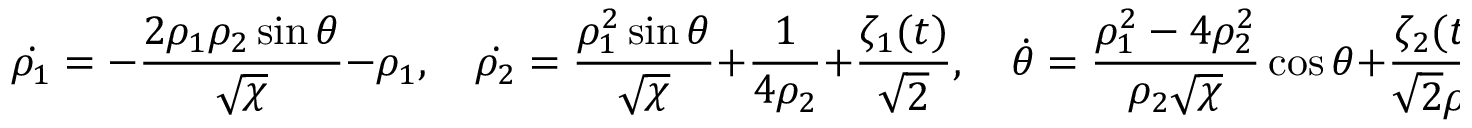
\dot { \rho _ { 1 } } = - \frac { 2 \rho _ { 1 } \rho _ { 2 } \sin \theta } { \sqrt { \chi } } - \rho _ { 1 } , \quad \dot { \rho _ { 2 } } = \frac { \rho _ { 1 } ^ { 2 } \sin \theta } { \sqrt { \chi } } + \frac { 1 } { 4 \rho _ { 2 } } + \frac { \zeta _ { 1 } ( t ) } { \sqrt { 2 } } , \quad \dot { \theta } = \frac { \rho _ { 1 } ^ { 2 } - 4 \rho _ { 2 } ^ { 2 } } { \rho _ { 2 } \sqrt { \chi } } \cos \theta + \frac { \zeta _ { 2 } ( t ) } { \sqrt { 2 } \rho _ { 2 } } .